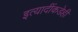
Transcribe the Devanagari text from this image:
इत्यादींकडेही